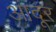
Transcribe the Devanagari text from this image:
आदूर